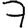
Digit: 7